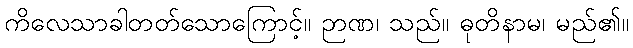
ကိလေသာခါတတ်သောကြောင့်။ ဉာဏ၊ သည်။ ဓုတိနာမ၊ မည်၏။